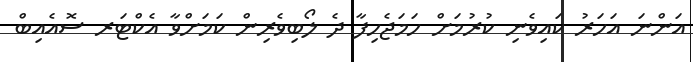
އަންނަ އަހަރު ކައިވެނި ކުރުމަށް ހަމަޖެހިފާ ދެ ލޯބިވެރިން ކަމަށްވާ އެކްޓަރ ސޮއެއިބް